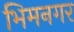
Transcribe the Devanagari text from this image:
भिमनगर